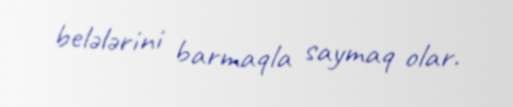
belələrini barmaqla saymaq olar.